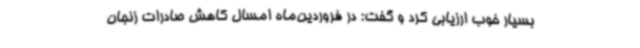
بسیار خوب ارزیابی کرد و گفت: در فروردین‌ماه امسال کاهش صادرات زنجان